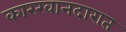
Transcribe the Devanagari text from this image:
कारखानदारात